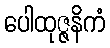
ပေါထုဇ္ဇနိကံ